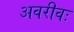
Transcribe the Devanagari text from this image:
अवरीवः